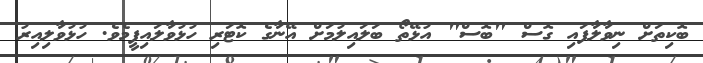
ބޮކިތަށް ނިވާލާފައި ގޮސް "ބޮސް" އުޅޭތޯ ބަލައިލުމަށް އޭނާގެ ކޮޓަރި ހުޅުވާލައިފީމެވެ. ހުޅުވާލިއިރު